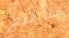
أستطيع